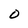
Character: 0